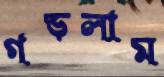
গড়লাম